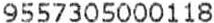
9557305000118